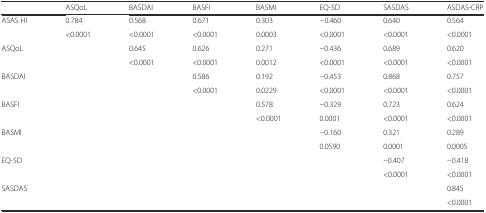
<table><thead><tr><td></td><td><b>ASQoL</b></td><td><b>BASDAI</b></td><td><b>BASFI</b></td><td><b>BASMI</b></td><td><b>EQ-5D</b></td><td><b>SASDAS</b></td><td><b>ASDAS-CRP</b></td></tr></thead><tbody><tr><td rowspan="2">ASAS HI</td><td>0.784</td><td>0.568</td><td>0.671</td><td>0.303</td><td>−0.460</td><td>0.640</td><td>0.564</td></tr><tr><td>&lt;0.0001</td><td>&lt;0.0001</td><td>&lt;0.0001</td><td>0.0003</td><td>&lt;0.0001</td><td>&lt;0.0001</td><td>&lt;0.0001</td></tr><tr><td rowspan="2">ASQoL</td><td></td><td>0.645</td><td>0.626</td><td>0.271</td><td>−0.436</td><td>0.689</td><td>0.620</td></tr><tr><td></td><td>&lt;0.0001</td><td>&lt;0.0001</td><td>0.0012</td><td>&lt;0.0001</td><td>&lt;0.0001</td><td>&lt;0.0001</td></tr><tr><td rowspan="2">BASDAI</td><td></td><td></td><td>0.586</td><td>0.192</td><td>−0.453</td><td>0.868</td><td>0.757</td></tr><tr><td></td><td></td><td>&lt;0.0001</td><td>0.0229</td><td>&lt;0.0001</td><td>&lt;0.0001</td><td>&lt;0.0001</td></tr><tr><td rowspan="2">BASFI</td><td></td><td></td><td></td><td>0.578</td><td>−0.329</td><td>0.723</td><td>0.624</td></tr><tr><td></td><td></td><td></td><td>&lt;0.0001</td><td>0.0001</td><td>&lt;0.0001</td><td>&lt;0.0001</td></tr><tr><td rowspan="2">BASMI</td><td></td><td></td><td></td><td></td><td>−0.160</td><td>0.321</td><td>0.289</td></tr><tr><td></td><td></td><td></td><td></td><td>0.0590</td><td>0.0001</td><td>0.0005</td></tr><tr><td rowspan="2">EQ-5D</td><td></td><td></td><td></td><td></td><td></td><td>−0.407</td><td>−0.418</td></tr><tr><td></td><td></td><td></td><td></td><td></td><td>&lt;0.0001</td><td>&lt;0.0001</td></tr><tr><td rowspan="2">SASDAS</td><td></td><td></td><td></td><td></td><td></td><td></td><td>0.845</td></tr><tr><td></td><td></td><td></td><td></td><td></td><td></td><td>&lt;0.0001</td></tr></tbody></table>